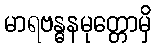
မာရဗန္ဓနမုတ္တောမှိ